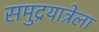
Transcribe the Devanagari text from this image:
समुद्रयात्रेला